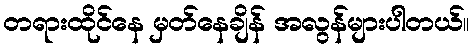
တရားထိုင်နေ မှတ်နေချိန် အလွန်များပါတယ်။